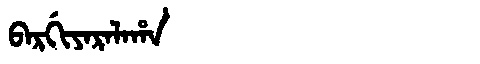
Manchu: ᠪᠠᡵᡤᡳᠶᠠᡵᠠᠯᠠᡥᠠ
Romanization: BARGIYARALAHA